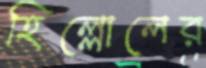
হিল্লোলের